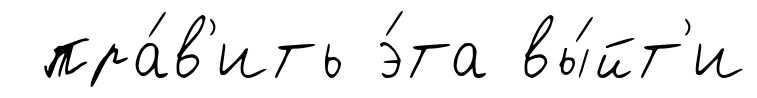
пра́в'ить э́та вы́йт'и